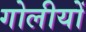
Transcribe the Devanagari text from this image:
गोलीयों